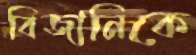
বিজানিকে